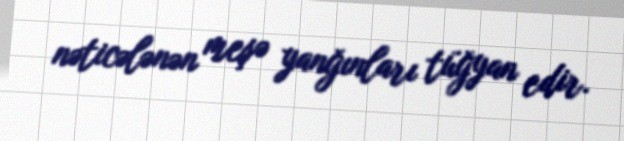
nəticələnən meşə yanğınları tüğyan edir.